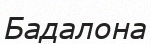
Бадалона